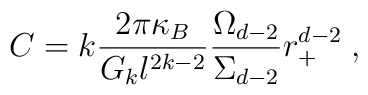
C=k\frac{2\pi \kappa _{B}}{G_{k}l^{2k-2}}\frac{\Omega _{d-2}}{\Sigma _{d-2}}r_{+}^{d-2}\;,